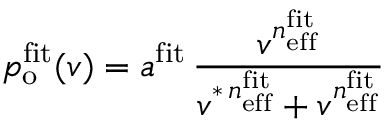
p _ { \mathrm { o } } ^ { \mathrm { f i t } } ( v ) = a ^ { \mathrm { f i t } } \, \frac { v ^ { n _ { \mathrm { e f f } } ^ { \mathrm { f i t } } } } { v ^ { \ast \, n _ { \mathrm { e f f } } ^ { \mathrm { f i t } } } + v ^ { n _ { \mathrm { e f f } } ^ { \mathrm { f i t } } } }